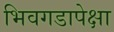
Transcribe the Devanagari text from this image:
भिवगडापेक्षा